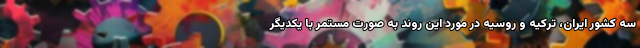
سه کشور ایران، ترکیه و روسیه در مورد این روند به صورت مستمر با یکدیگر